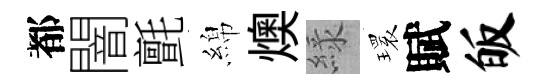
都闇氈綿燠緑𤨔賦皈